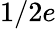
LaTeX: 1/2e